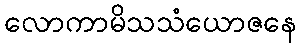
လောကာမိသသံယောဇနေ